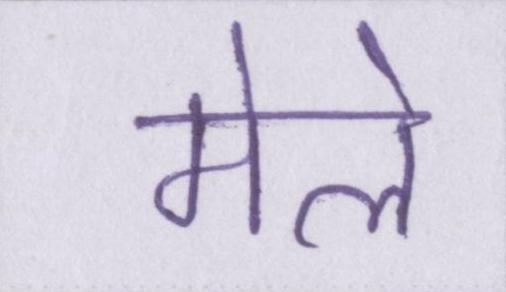
मेले